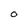
Character: O